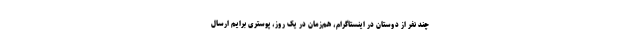
چند نفر از دوستان در اینستاگرام، هم‌زمان در یک روز، پوستری برایم ارسال